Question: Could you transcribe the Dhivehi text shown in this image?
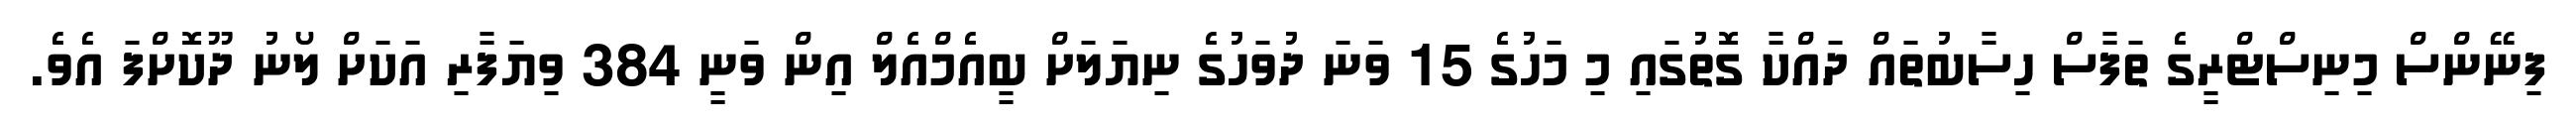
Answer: ފިނޭންސް މިނިސްޓްރީގެ ތަފާސް ހިސާބުތައް ދައްކާ ގޮތުގައި މި މަހުގެ 15 ވަނަ ދުވަހުގެ ނިޔަލަށް ބީއެމްއެލް އިން ވަނީ 384 ވިޔަފާރި އަކަށް ލޯނު ދޫކޮށްފަ އެވެ.